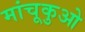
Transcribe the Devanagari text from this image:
मांचूकुओ